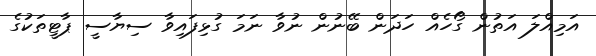
އަމިއްލަ އަތުން ގޯހެއް ހަދަން ބޭނުން ނުވާ ނަމަ ގުޅިފައިވާ ސިޔާސީ ޕާޓީތަކުގެ